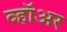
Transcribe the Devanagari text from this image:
व्हॉअर